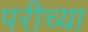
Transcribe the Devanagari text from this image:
परीच्या